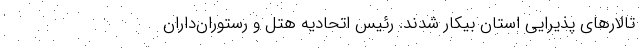
تالارهای پذیرایی استان بیکار شدند. رئیس اتحادیه هتل و رستوران‌داران